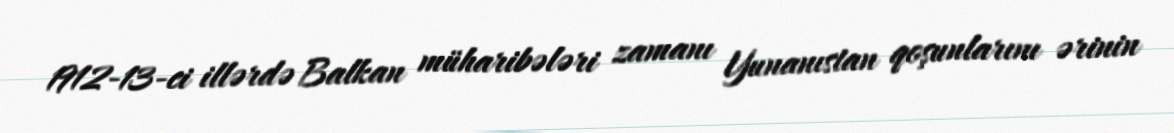
1912-13-ci illərdə Balkan müharibələri zamanı Yunanıstan qoşunlarını ərinin